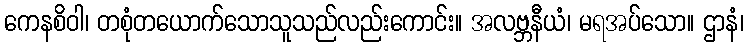
ကေနစိဝါ၊ တစုံတယောက်သောသူသည်လည်းကောင်း။ အလဗ္ဘနီယံ၊ မရအပ်သော။ ဌာနံ၊